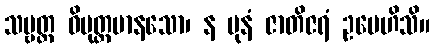
သဗ္ဗတ္ထ ဝိမုတ္တမာနသော၊ န ပုနံ ဇာတိဇရံ ဥပေဟိသိ။